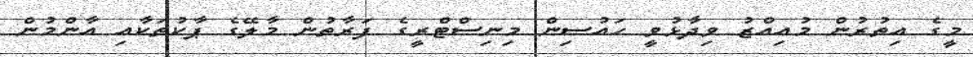
މީގެ އިތުރުން މުއިއްޒު ވިދާޅުވީ ހައުސިން މިނިސްޓްރީގެ ފަރާތުން މާލޭގެ ޕާކުތަކާއި އާންމުން